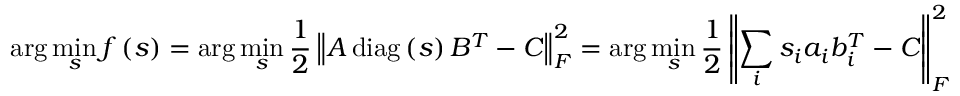
\arg \operatorname* { m i n } _ { s } f \left( s \right) = \arg \operatorname* { m i n } _ { s } \frac { 1 } { 2 } \left\| A \operatorname { d i a g } \left( s \right) { B } ^ { T } - C \right\| _ { F } ^ { 2 } = \arg \operatorname* { m i n } _ { s } \frac { 1 } { 2 } \left\| \sum _ { i } { s } _ { i } { a } _ { i } { b } _ { i } ^ { T } - C \right\| _ { F } ^ { 2 }